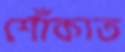
শোঁকাত